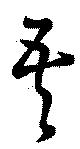
吾